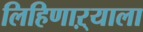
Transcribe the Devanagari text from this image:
लिहिणाऱ्याला